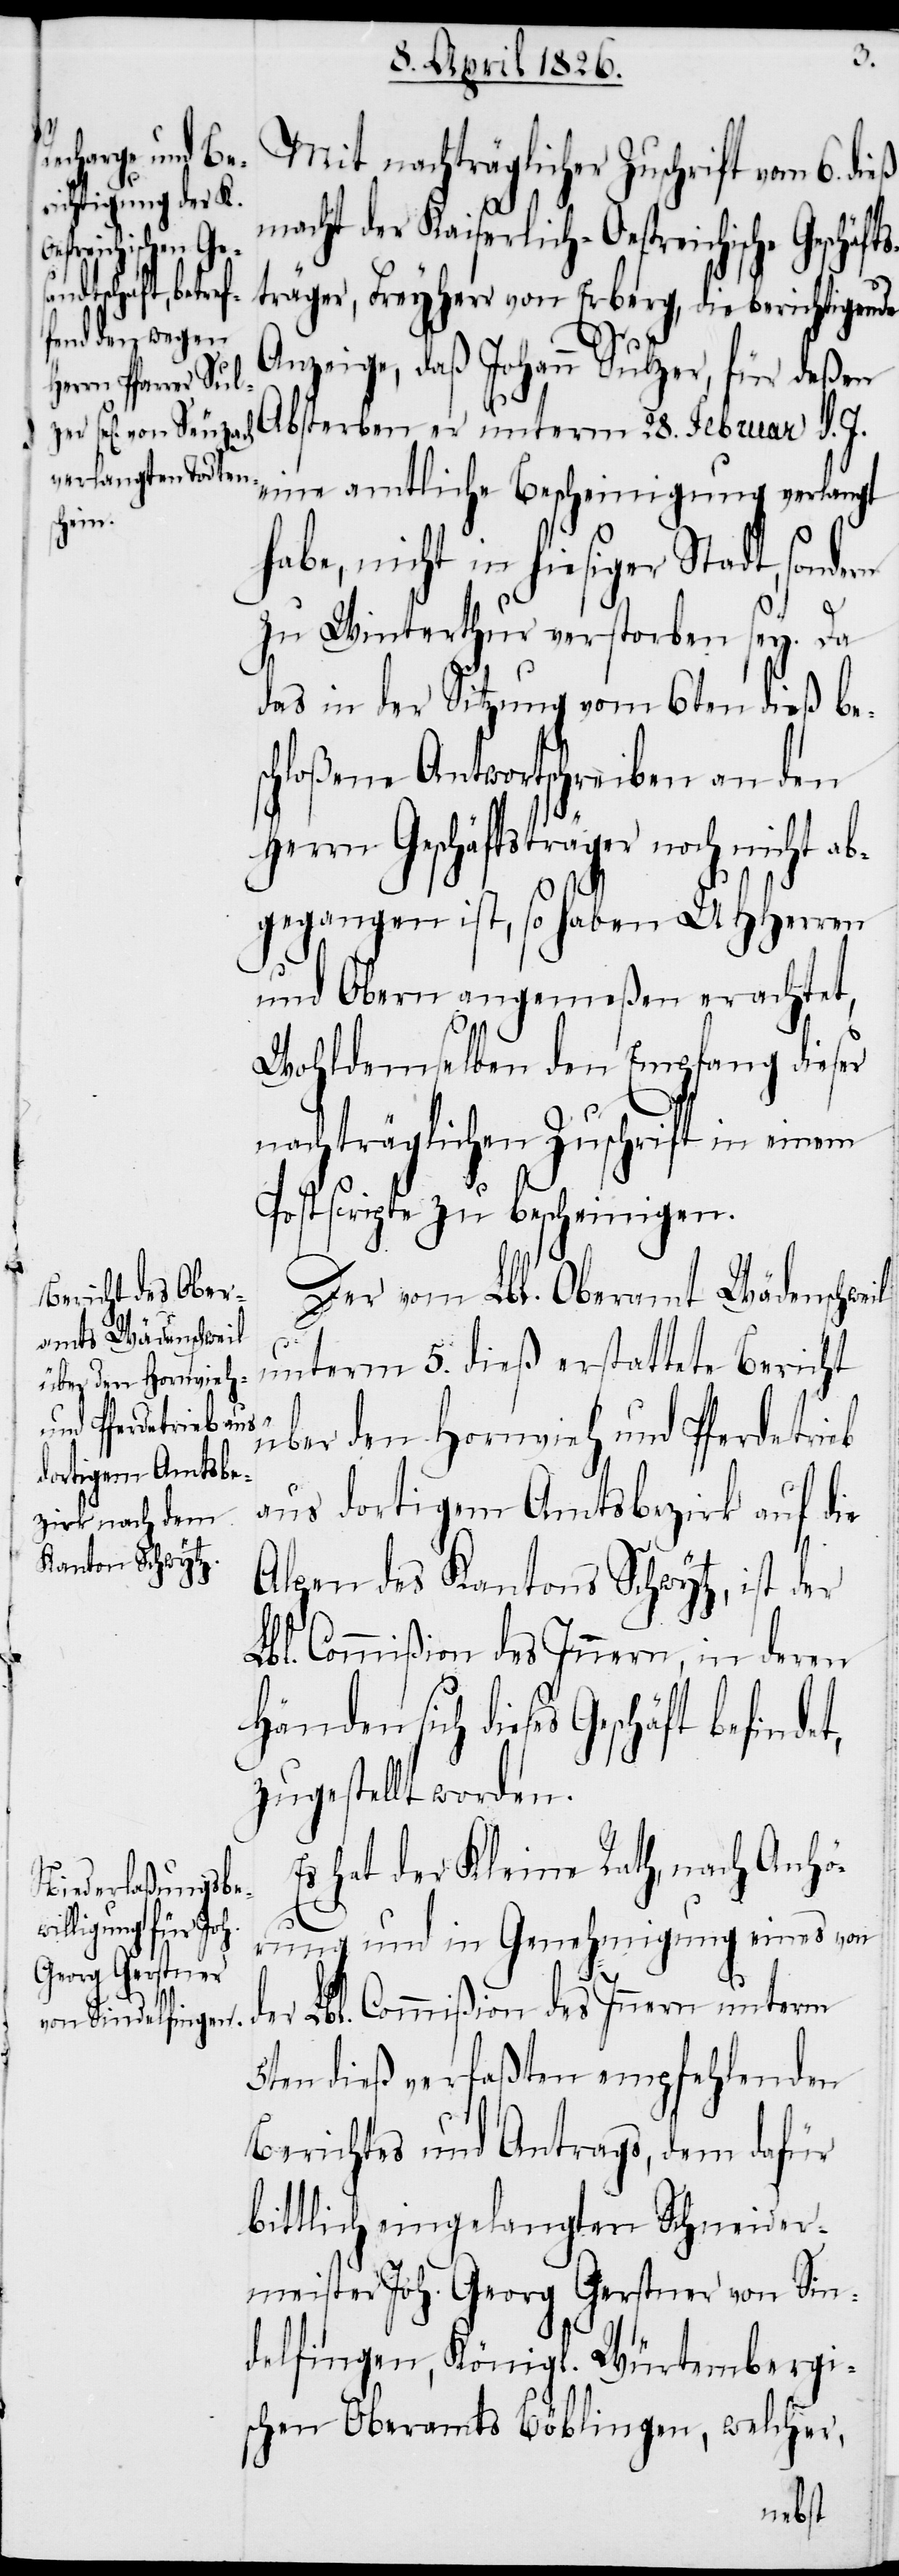
Mit nachträglicher Zuschrift vom 6. dieß
macht der Kaiserlich-Oestreichische Geschäft¬
sträger, Freyherr von Erberg, die berichtigende
Anzeige, daß Johann Sulzer, für deßen
Absterben er unterm 28. Februar d. J.
eine amtliche Bescheinigung verlangt
habe, nicht in hiesiger Stadt, sondern
zu Winterthur verstorben sey. Da
das in der Sitzung vom 6ten dieß be¬
schloßene Antwortschreiben an den
Geschäftsträger noch nicht
abgegangen ist, so haben UHHerren
und Obern angemeßen erachtet,
Wohldemselben den Empfang dieser
nachträglichen Zuschrift in einem
Postscripte zu bescheinigen.
Der vom Lbl. Oberamt Wädenschweil
unterm 5. dieß erstattete Bericht
über den Hornvieh und Pferdetrieb
aus dortigem Amtsbezirk auf die
Alpen des Kantons Schwytz, ist der
Lbl. Commißion des Innern, in deren
Händen sich dieses Geschäft befinde¬
zugestellt worden.
Es hat der Kleine Rath, nach Anhö¬
rung und in Genehmigung eines von
t,
der Lbl. Commißion des Innern unterm
5ten dieß verfaßten empfehlenden
Berichtes und Antrags, dem dafür
bittlich eingelangten Schneider¬
meister Joh. Georg Gerstner von Sin¬
delfingen, Königl. Würtembergi¬
schen Oberamts Böblingen, welcher,